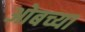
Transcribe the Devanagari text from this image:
ओबच्या